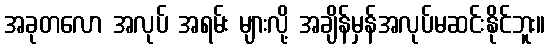
အခုတလော အလုပ် အရမ်း များလို့ အချိန်မှန်အလုပ်မဆင်းနိုင်ဘူး။